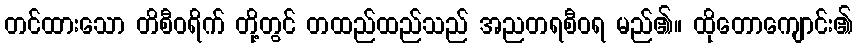
တင်ထားသော တိစီဝရိက် တို့တွင် တထည်ထည်သည် အညတရစီဝရ မည်၏။ ထိုတောကျောင်း၏